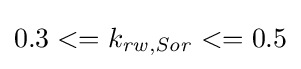
0.3<=k_{\mathit {rw,Sor}}<=0.5